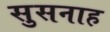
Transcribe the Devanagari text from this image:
सुसनाह